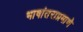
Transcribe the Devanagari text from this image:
भाषांतराप्रमाणे